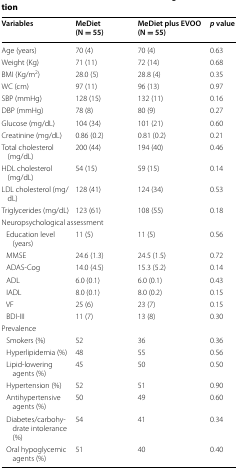
<table><thead><tr><td><b>Variables</b></td><td><b>MeDiet (N = 55)</b></td><td><b>MeDiet plus EVOO (N = 55)</b></td><td><b><i>p</i> value</b></td></tr></thead><tbody><tr><td>Age (years)</td><td>70 (4)</td><td>70 (4)</td><td>0.63</td></tr><tr><td>Weight (Kg)</td><td>71 (11)</td><td>72 (14)</td><td>0.68</td></tr><tr><td>BMI (Kg/m<sup>2</sup>)</td><td>28.0 (5)</td><td>28.8 (4)</td><td>0.35</td></tr><tr><td>WC (cm)</td><td>97 (11)</td><td>96 (13)</td><td>0.97</td></tr><tr><td>SBP (mmHg)</td><td>128 (15)</td><td>132 (11)</td><td>0.16</td></tr><tr><td>DBP (mmHg)</td><td>78 (8)</td><td>80 (9)</td><td>0.27</td></tr><tr><td>Glucose (mg/dL)</td><td>104 (34)</td><td>101 (21)</td><td>0.60</td></tr><tr><td>Creatinine (mg/dL)</td><td>0.86 (0.2)</td><td>0.81 (0.2)</td><td>0.21</td></tr><tr><td>Total cholesterol (mg/dL)</td><td>200 (44)</td><td>194 (40)</td><td>0.46</td></tr><tr><td>HDL cholesterol (mg/dL)</td><td>54 (15)</td><td>59 (15)</td><td>0.14</td></tr><tr><td>LDL cholesterol (mg/dL)</td><td>128 (41)</td><td>124 (34)</td><td>0.53</td></tr><tr><td>Triglycerides (mg/dL)</td><td>123 (61)</td><td>108 (55)</td><td>0.18</td></tr><tr><td colspan="4">Neuropsychological assessment</td></tr><tr><td> Education level (years)</td><td>11 (5)</td><td>11 (5)</td><td>0.56</td></tr><tr><td> MMSE</td><td>24.6 (1.3)</td><td>24.5 (1.5)</td><td>0.72</td></tr><tr><td> ADAS-Cog</td><td>14.0 (4.5)</td><td>15.3 (5.2)</td><td>0.14</td></tr><tr><td> ADL</td><td>6.0 (0.1)</td><td>6.0 (0.1)</td><td>0.43</td></tr><tr><td> IADL</td><td>8.0 (0.1)</td><td>8.0 (0.2)</td><td>0.15</td></tr><tr><td> VF</td><td>25 (6)</td><td>23 (7)</td><td>0.15</td></tr><tr><td> BDI-III</td><td>11 (7)</td><td>13 (8)</td><td>0.30</td></tr><tr><td colspan="4">Prevalence</td></tr><tr><td> Smokers (%)</td><td>52</td><td>36</td><td>0.36</td></tr><tr><td> Hyperlipidemia (%)</td><td>48</td><td>55</td><td>0.56</td></tr><tr><td> Lipid-lowering agents (%)</td><td>45</td><td>50</td><td>0.50</td></tr><tr><td> Hypertension (%)</td><td>52</td><td>51</td><td>0.90</td></tr><tr><td> Antihypertensive agents (%)</td><td>50</td><td>49</td><td>0.60</td></tr><tr><td> Diabetes/carbohydrate intolerance (%)</td><td>54</td><td>41</td><td>0.34</td></tr><tr><td> Oral hypoglycemic agents (%)</td><td>51</td><td>40</td><td>0.40</td></tr></tbody></table>